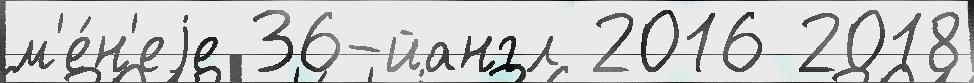
м'е́н'еjе 36-йангл 2016 2018